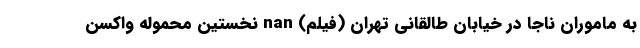
به ماموران ناجا در خیابان طالقانی تهران (فیلم) nan نخستین محموله واکسن